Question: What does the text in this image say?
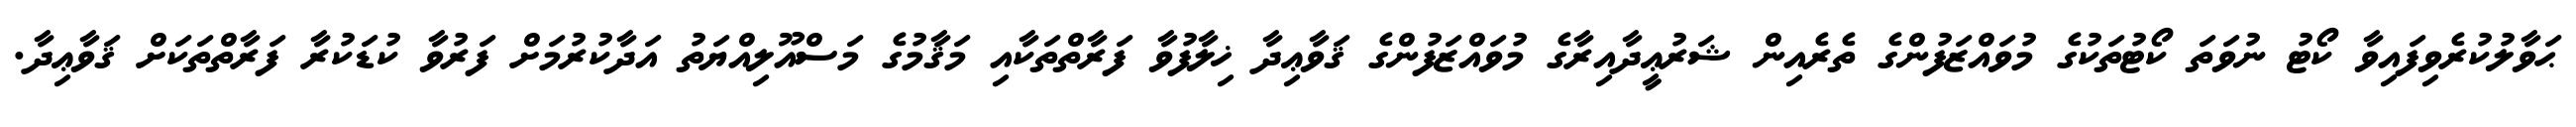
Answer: ޙަވާލުކުރެވިފައިވާ ކޯޓު ނުވަތަ ކޯޓުތަކުގެ މުވައްޒަފުންގެ ތެރެއިން ޝަރުޢީދާއިރާގެ މުވައްޒަފުންގެ ޤަވާޢިދާ ޚިލާފުވާ ފަރާތްތަކާއި މަޤާމުގެ މަސްއޫލިއްޔަތު އަދާކުރުމަށް ފަރުވާ ކުޑަކުރާ ފަރާތްތަކަށް ޤަވާޢިދާ.